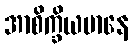
အာစိက္ခိယမာနေ